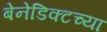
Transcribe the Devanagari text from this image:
बेनेडिक्टच्या